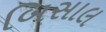
બિસાલ